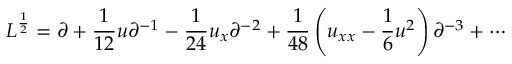
L ^ { \frac { 1 } { 2 } } = \partial + { \frac { 1 } { 1 2 } } u \partial ^ { - 1 } - { \frac { 1 } { 2 4 } } u _ { x } \partial ^ { - 2 } + { \frac { 1 } { 4 8 } } \left( u _ { x x } - { \frac { 1 } { 6 } } u ^ { 2 } \right) \partial ^ { - 3 } + \cdots